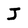
Character: J